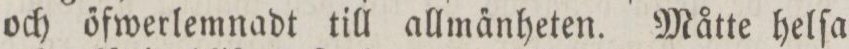
och őfwerlemnadt till allma̋nheten. Måtte helſa